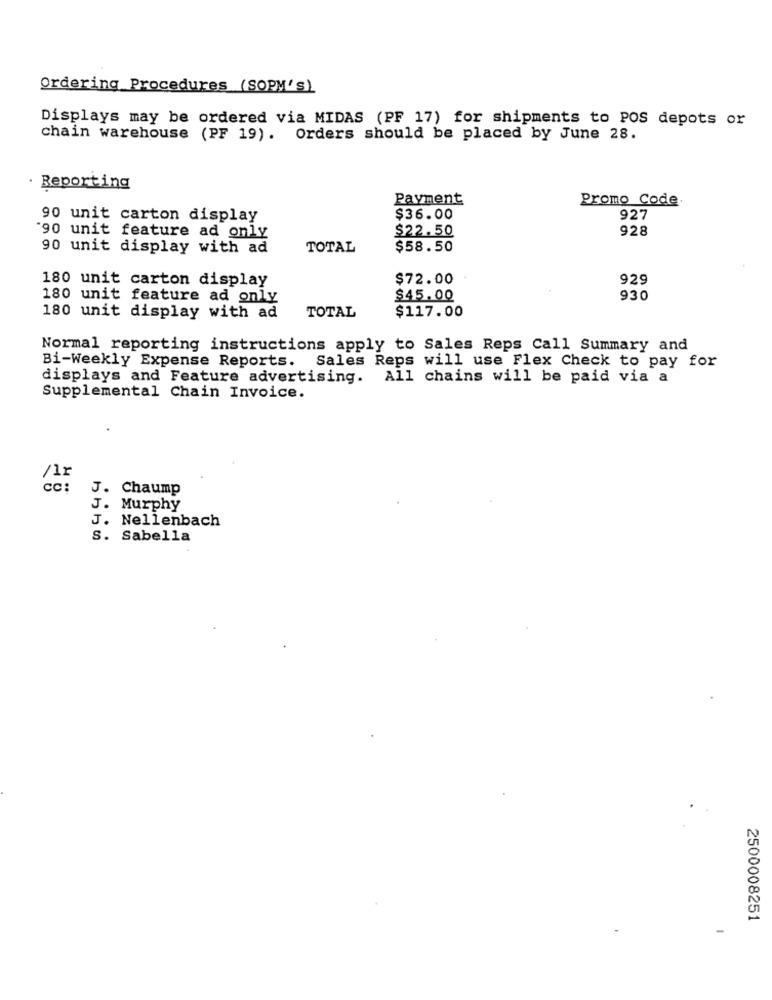
Ordering Procedures (SOPM's)
Displays may be ordered via MIDAS (PF 17) for shipments to POS depots or
chain warehouse (PF 19). Orders should be placed by June 28.
· Reporting
Payment
Promo Code.
90 unit carton display
$36.00
927
$22.50
928
'90 unit feature ad only
90 unit display with ad
TOTAL
$58.50
180 unit carton display
$72.00
929
180 unit feature ad only
$45.00
930
$117.00
180 unit display with ad
TOTAL
Normal reporting instructions apply to Sales Reps Call Summary and
Bi-Weekly Expense Reports. Sales Reps will use Flex Check to pay for
displays and Feature advertising. All chains will be paid via a
Supplemental Chain Invoice.
/12
cc:
J. Chaump
J. Murphy
J. Nellenbach
S. Sabella
2500008251